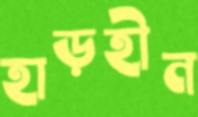
হাড়হীন